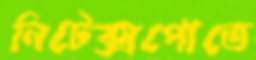
নিটেক্সপোতে